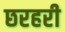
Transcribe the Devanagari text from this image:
छरहरी